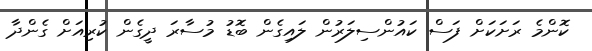
ކޮންމެ ރަށަކަށް ފަސް ކައުންސިލަރުން ލައިގެން ބޮޑު މުސާރަ ދީގެން ކުރިއަށް ގެންދާ